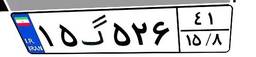
۸۱گ۳۷۷۵۳